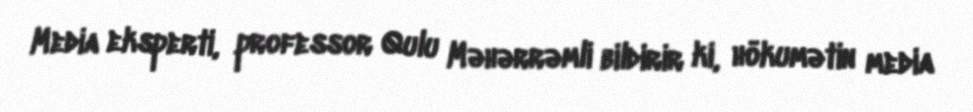
Media eksperti, professor Qulu Məhərrəmli bildirir ki, hökumətin media